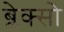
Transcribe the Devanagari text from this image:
ब्लेक्सो